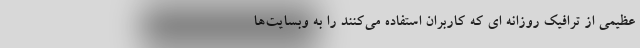
عظیمی از ترافیک روزانه ای که کاربران استفاده می‌کنند را به وبسایت‌ها